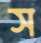
স